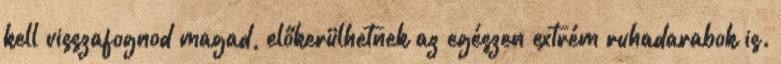
kell visszafognod magad, előkerülhetnek az egészen extrém ruhadarabok is.